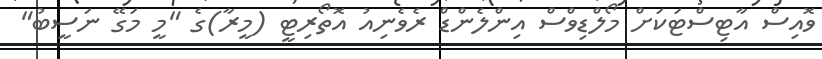
ވޮއިސް އާޓިސްޓަކަށް މޯލްޑިވްސް އިންލެންޑް ރެވެނިއު އޮތޯރިޓީ (މީރާ)ގެ "މީ މަގޭ ނަސީބު"